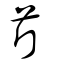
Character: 芹